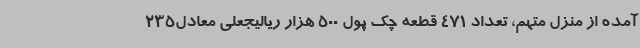
آمده از منزل متهم، تعداد 471 قطعه چک پول 500 هزار ریالیجعلی معادل235